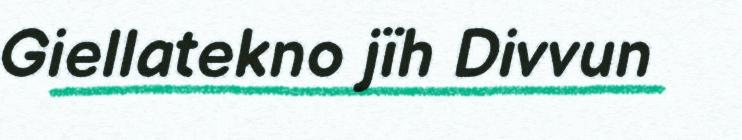
Giellatekno jïh Divvun